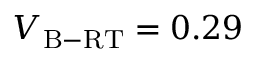
V _ { \mathrm { B - R T } } = 0 . 2 9